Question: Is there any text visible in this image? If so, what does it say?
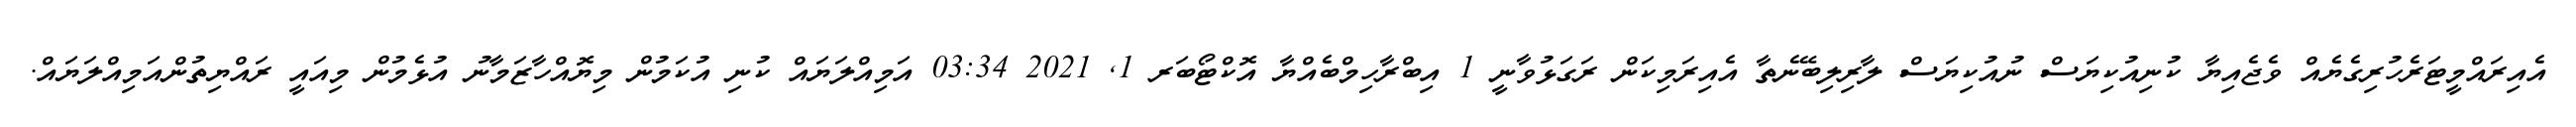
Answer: އެއިރައްމީޓަރެހުރިގެޔެއް ވެޖެއިޔާ ކުނިއުކިޔަސް ނުއުކިޔަސް ލާރިލިބޭނެތާ އެއިރަމިކަން ރަގަޅުވާނީ 1 އިބްރާހިމްބެއްޔާ އޮކްޓޯބަރ 1, 2021 03:34 އަމިއްލަޔައް ކުނި އުކަމުން މިޔޮއްހާޒަމާނު އުޅެމުން މިއައީ ރައްޔިތުންއަމިއްލަޔައް.